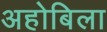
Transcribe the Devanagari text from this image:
अहोबिला